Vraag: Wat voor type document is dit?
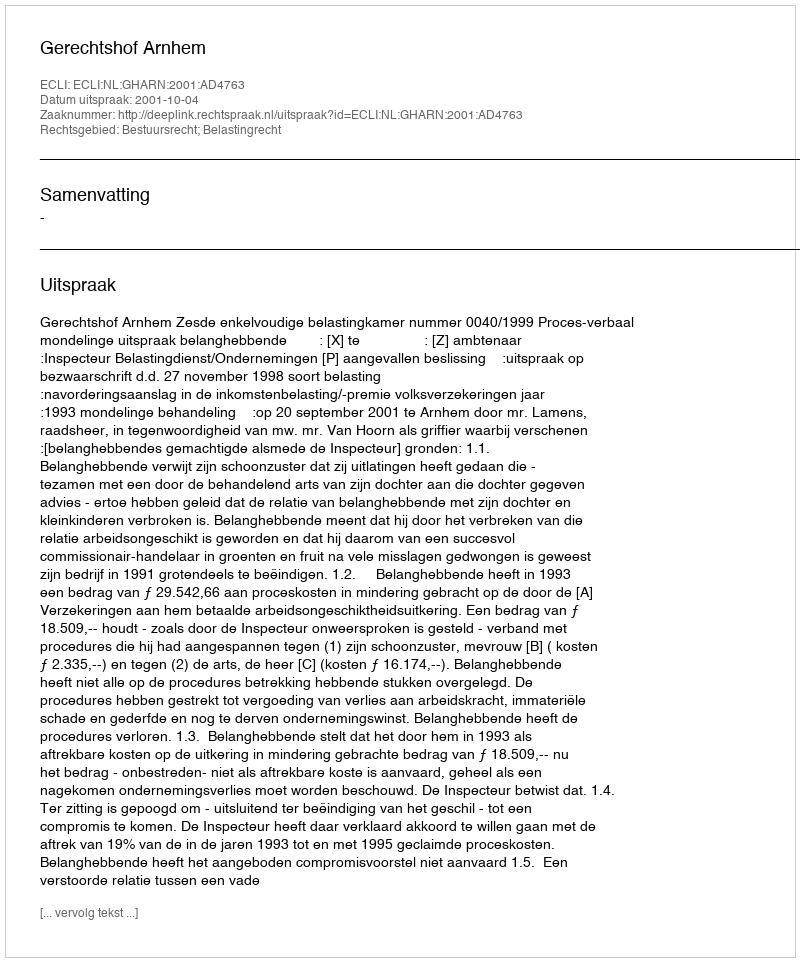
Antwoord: Uitspraak